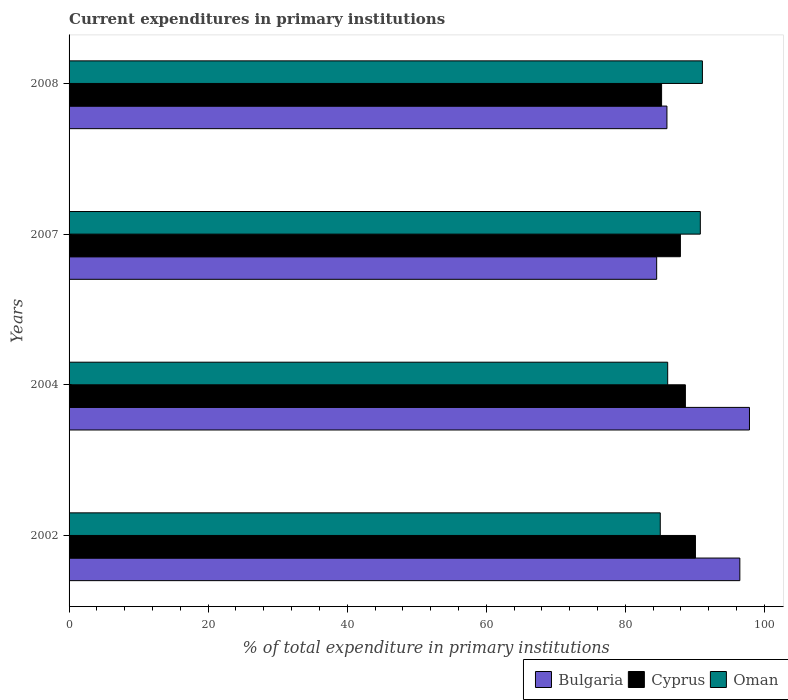
| Years | Bulgaria | Cyprus | Oman |
 | --- | --- | --- | --- |
 | 2002 | 96.5 | 90.1 | 85 |
 | 2004 | 97.9 | 88.6 | 86.1 |
 | 2007 | 84.5 | 87.9 | 90.8 |
 | 2008 | 86 | 85.2 | 91.1 |